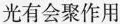
光有会聚作用